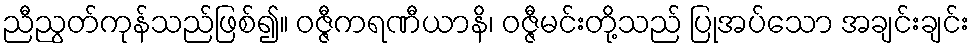
ညီညွတ်ကုန်သည်ဖြစ်၍။ ဝဇ္ဇီကရဏီယာနိ၊ ဝဇ္ဇီမင်းတို့သည် ပြုအပ်သော အချင်းချင်း